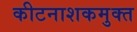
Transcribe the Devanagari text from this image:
कीटनाशकमुक्त